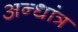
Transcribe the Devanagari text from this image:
अन्धांत्र